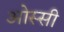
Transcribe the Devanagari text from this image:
ओस्सी